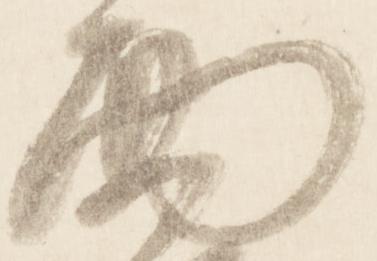
面